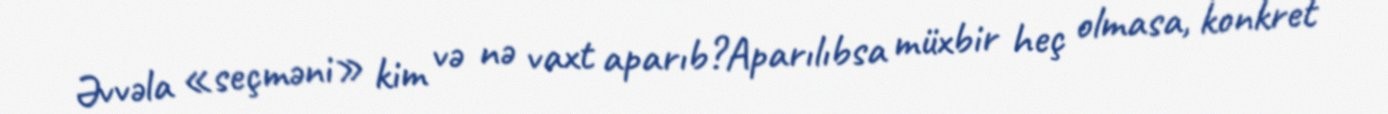
Əvvəla «seçməni» kim və nə vaxt aparıb?Aparılıbsa müxbir heç olmasa, konkret